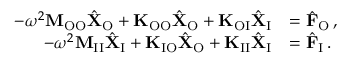
\begin{array} { r l } { - \omega ^ { 2 } \mathbf { M } _ { \mathrm { O O } } \hat { \mathbf { X } } _ { \mathrm { O } } + \mathbf { K } _ { \mathrm { O O } } \hat { \mathbf { X } } _ { \mathrm { O } } + \mathbf { K } _ { \mathrm { O I } } \hat { \mathbf { X } } _ { \mathrm { I } } } & { = \hat { \mathbf { F } } _ { \mathrm { O } } \, , } \\ { - \omega ^ { 2 } \mathbf { M } _ { \mathrm { I I } } \hat { \mathbf { X } } _ { \mathrm { I } } + \mathbf { K } _ { \mathrm { I O } } \hat { \mathbf { X } } _ { \mathrm { O } } + \mathbf { K } _ { \mathrm { I I } } \hat { \mathbf { X } } _ { \mathrm { I } } } & { = \hat { \mathbf { F } } _ { \mathrm { I } } \, . } \end{array}